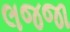
લજજા